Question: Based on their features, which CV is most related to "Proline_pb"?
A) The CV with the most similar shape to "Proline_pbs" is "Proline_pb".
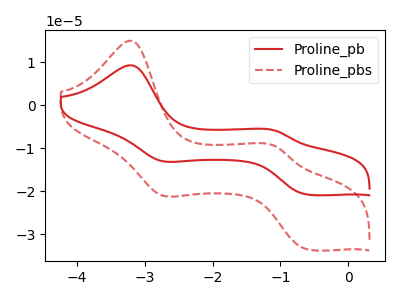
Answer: <think>The red curve "Proline_pb" has anodic peaks at (-3.20V, 9.30uA) (-1.10V, -5.85uA) and cathodic peaks at (-2.75V, -12.95uA) (-0.60V, -20.75uA). The red dashed curve "Proline_pbs" has anodic peaks at (-3.20V, 15.00uA) (-1.10V, -9.50uA) and cathodic peaks at (-2.75V, -20.95uA) (-0.60V, -33.55uA).
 All the peaks in "Proline_pb" have a peak in "Proline_pbs" at the same potential.</think>
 <answer>A) The CV with the most similar shape to "Proline_pbs" is "Proline_pb".</answer>
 <eval>A</eval>